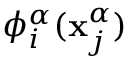
\phi _ { i } ^ { \alpha } ( \mathbf { x } _ { j } ^ { \alpha } )